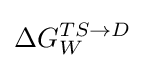
\Delta G_{W}^{TS\rightarrow D}